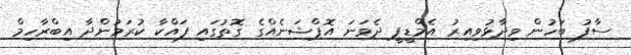
ސާފު ބަހުން ވިދާޅުވިއިރު އެމްޑީޕީ ދެވަނަ އޮޕްޝަނެއްގެ ގޮތުގައި ފައްކާ ކުރަމުންދާ އިބްރާހިމް